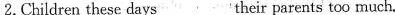
2.Children these days ___their parents too much.